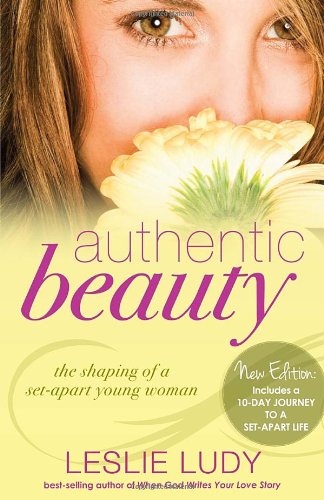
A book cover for Authentic Beauty: The Shaping of a Set-Apart Young Woman; Leslie Ludy; Christian Books & Bibles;